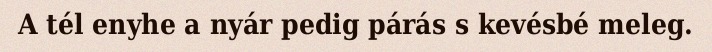
A tél enyhe a nyár pedig párás s kevésbé meleg.